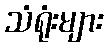
သံရုံးများ